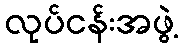
လုပ်ငန်းအဖွဲ့